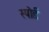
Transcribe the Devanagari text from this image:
स्पोर्ड